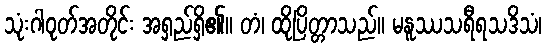
သုံးဂါဝုတ်အတိုင်း အရှည်ရှိ၏။ တံ၊ ထိုပြိတ္တာသည်။ မနူဿသရီရသဒိသံ၊